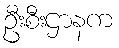
ဦးစီးဌာနက